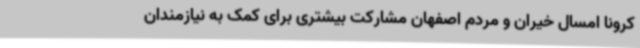
کرونا امسال خیران و مردم اصفهان مشارکت بیشتری برای کمک به نیازمندان